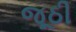
જૂઠી